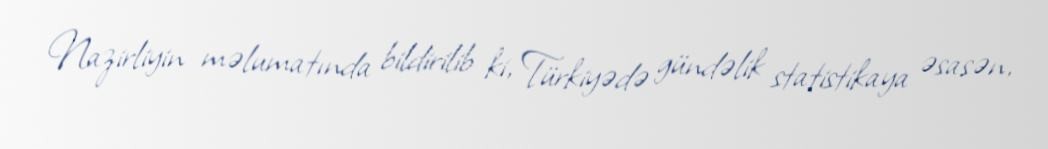
Nazirliyin məlumatında bildirilib ki, Türkiyədə gündəlik statistikaya əsasən,